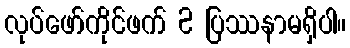
လုပ်ဖော်ကိုင်ဖက် 2 ပြဿနာမရှိပါ။